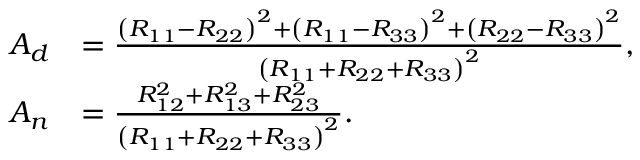
\begin{array} { r l } { A _ { d } } & { = \frac { \left( R _ { 1 1 } - R _ { 2 2 } \right) ^ { 2 } + \left( R _ { 1 1 } - R _ { 3 3 } \right) ^ { 2 } + \left( R _ { 2 2 } - R _ { 3 3 } \right) ^ { 2 } } { \left( R _ { 1 1 } + R _ { 2 2 } + R _ { 3 3 } \right) ^ { 2 } } , } \\ { A _ { n } } & { = \frac { R _ { 1 2 } ^ { 2 } + R _ { 1 3 } ^ { 2 } + R _ { 2 3 } ^ { 2 } } { \left( R _ { 1 1 } + R _ { 2 2 } + R _ { 3 3 } \right) ^ { 2 } } . } \end{array}